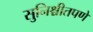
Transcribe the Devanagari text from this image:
सुनिश्चीतपणे